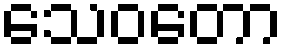
သေဝတော